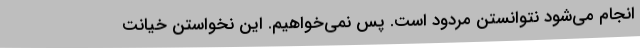
انجام می‌شود نتوانستن مردود است. پس نمی‌خواهیم. این نخواستن خیانت